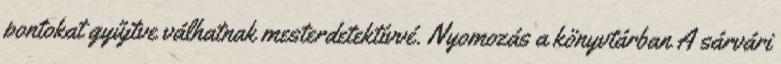
pontokat gyűjtve válhatnak mesterdetektívvé. Nyomozás a könyvtárban A sárvári